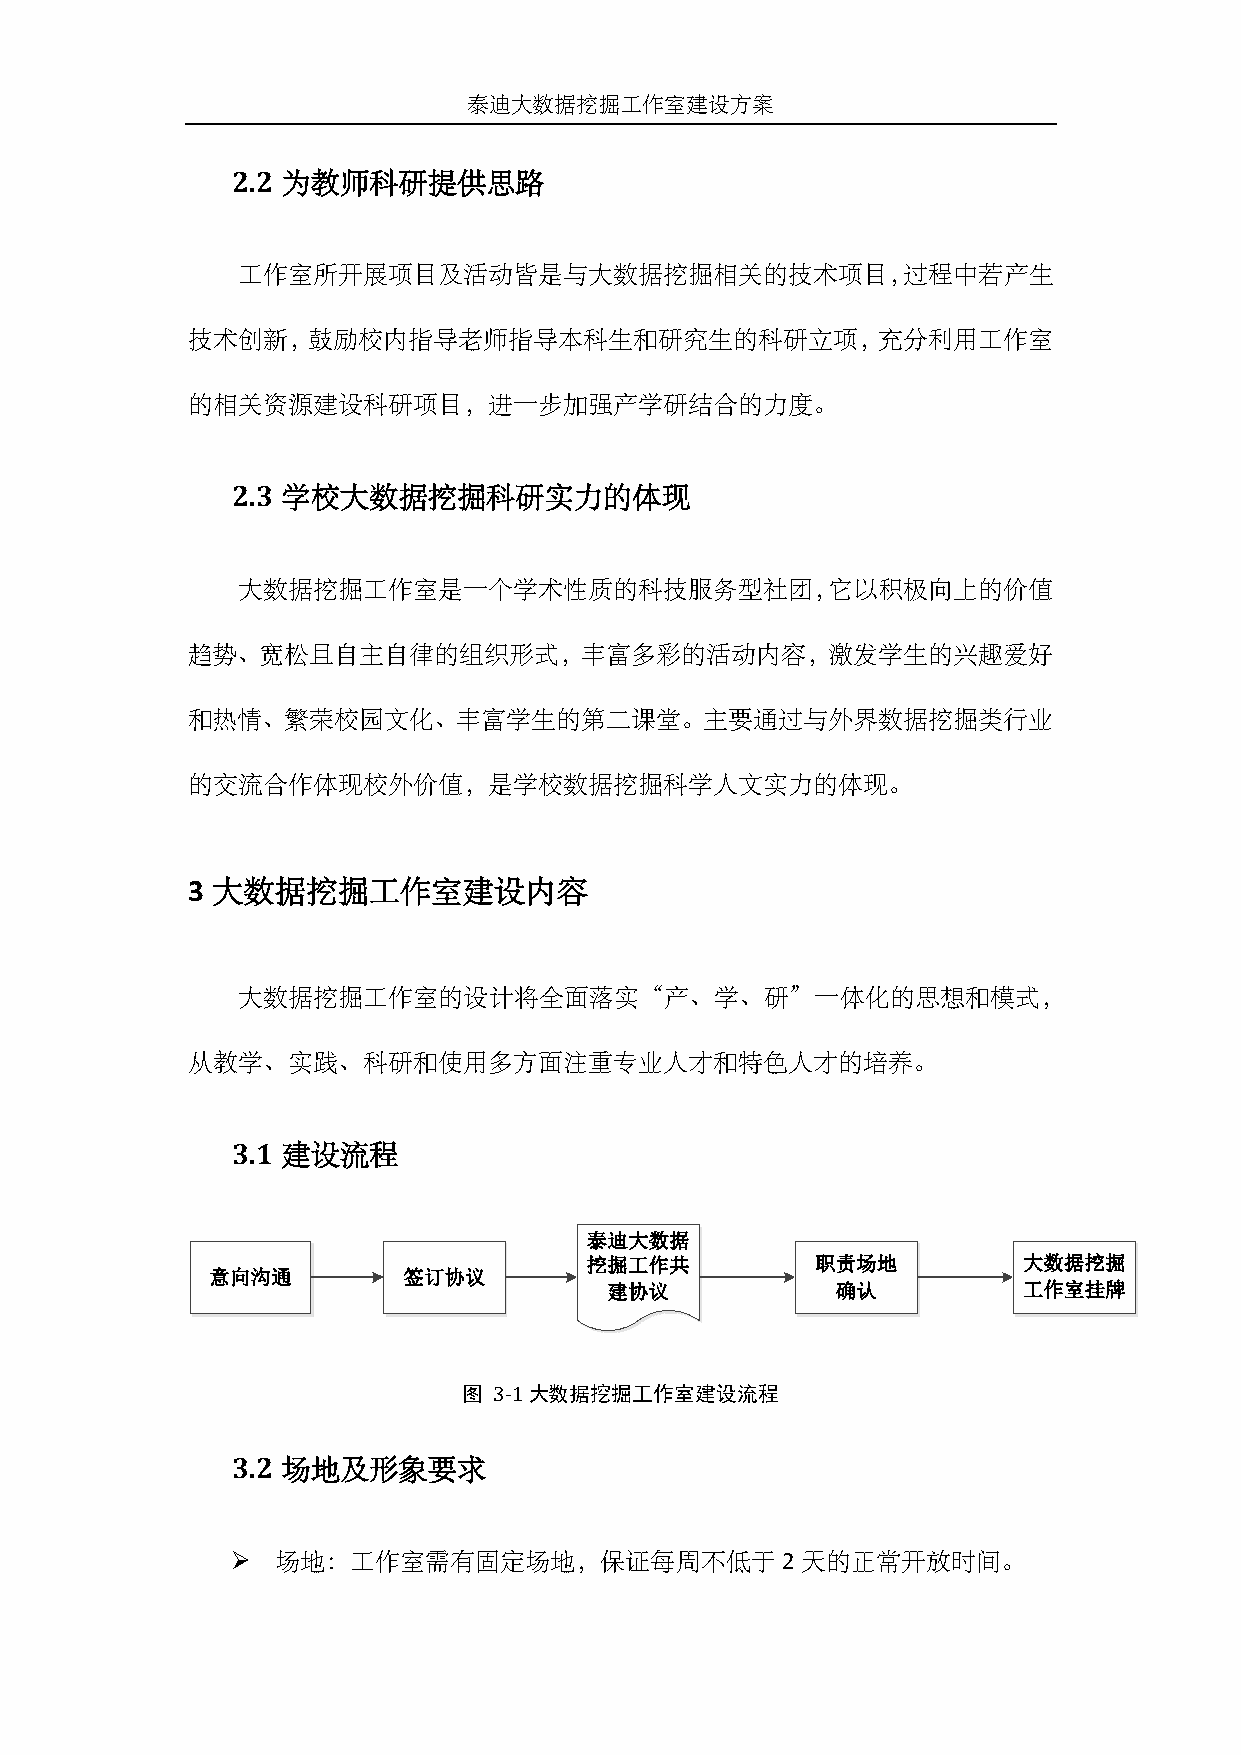
泰迪大数据挖掘工作室建设方案
 2.2 为教师科研提供思路
 工作室所开展项目及活动皆是与大数据挖掘相关的技术项目，过程中若产生
 技术创新，鼓励校内指导老师指导本科生和研究生的科研立项，充分利用工作室
 的相关资源建设科研项目，进一步加强产学研结合的力度。
 2.3 学校大数据挖掘科研实力的体现
 大数据挖掘工作室是一个学术性质的科技服务型社团，它以积极向上的价值
 趋势、宽松且自主自律的组织形式，丰富多彩的活动内容，激发学生的兴趣爱好
 和热情、繁荣校园文化、丰富学生的第二课堂。主要通过与外界数据挖掘类行业
 的交流合作体现校外价值，是学校数据挖掘科学人文实力的体现。
 3 大数据挖掘工作室建设内容
 大数据挖掘工作室的设计将全面落实“产、学、研”一体化的思想和模式，
 从教学、实践、科研和使用多方面注重专业人才和特色人才的培养。
 3.1 建设流程
 泰迪大数据
 挖掘工作共          职责场地          大数据挖掘
 意向沟通         签订协议
 建协议            确认           工作室挂牌
 图 3-1大数据挖掘工作室建设流程
 3.2 场地及形象要求
   场地：工作室需有固定场地，保证每周不低于              2 天的正常开放时间。